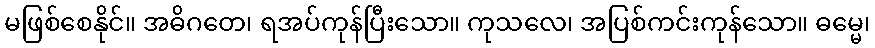
မဖြစ်စေနိုင်။ အဓိဂတေ၊ ရအပ်ကုန်ပြီးသော။ ကုသလေ၊ အပြစ်ကင်းကုန်သော။ ဓမ္မေ၊